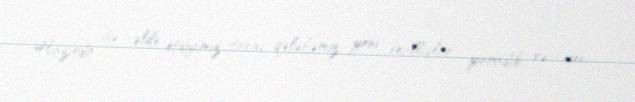
Hazırda isə əldə etdiyimiz tarixi qələbəmiz yeni reallıqlar yaradıb və Yeni